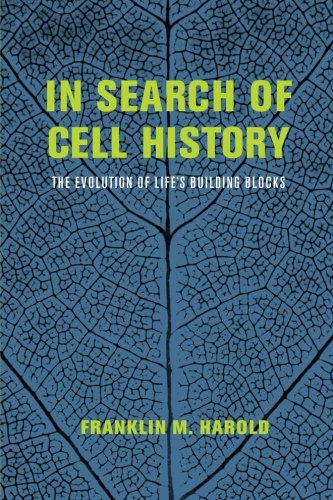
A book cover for In Search of Cell History: The Evolution of Life's Building Blocks; Franklin M. Harold; Science & Math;